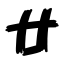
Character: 廿